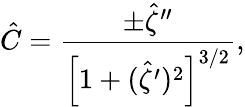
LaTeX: \hat{C}=\frac{\pm\hat{\zeta}^{\prime\prime}}{\left[1+(\hat{\zeta}^{\prime})^{2}\right]^{3/2}},